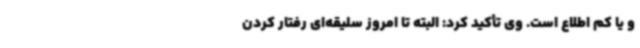
و یا کم اطلاع است. وی تأکید کرد: البته تا امروز سلیقه‌ای رفتار کردن